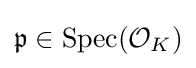
{\mathfrak {p}}\in {\text{Spec}}({\mathcal {O}}_{K})